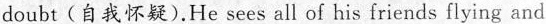
doubt(自我怀疑). He sees all of his friends flying and